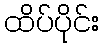
ထိပ်ပိုင်း